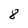
Character: 8